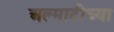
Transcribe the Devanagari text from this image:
अल्माटीच्या